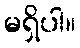
မရှိပါ။